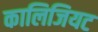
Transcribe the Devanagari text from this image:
कालिजियट